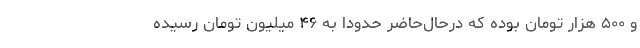
و ۵۰۰ هزار تومان بوده که درحال‌حاضر حدوداً به ۴۶ میلیون تومان رسیده